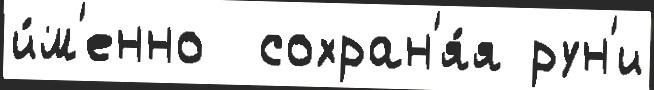
и́м'енно  сохран'я́я рун'и